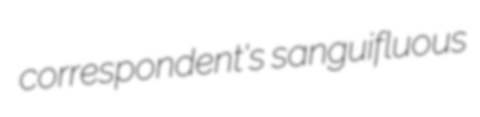
correspondent's sanguifluous